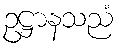
ဥဋ္ဌာနသညံ